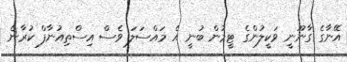
އޭނާގެ ގާނޫނީ ވަކީލުންގެ ޓީމުން ބުނީ އެ މައްސަލަ ވެސް އިސްތިއުނާފް ކުރާނެ